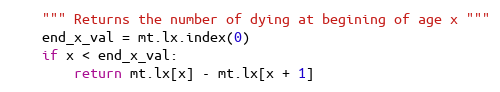
Language: Python
    """ Returns the number of dying at begining of age x """
    end_x_val = mt.lx.index(0)
    if x < end_x_val:
        return mt.lx[x] - mt.lx[x + 1]